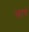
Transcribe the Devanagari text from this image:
स्वागं